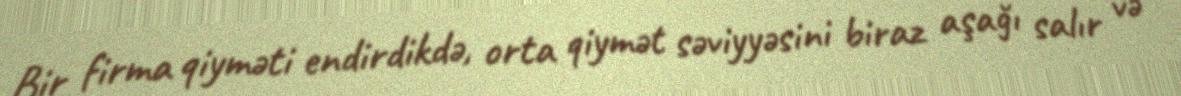
Bir firma qiyməti endirdikdə, orta qiymət səviyyəsini biraz aşağı salır və